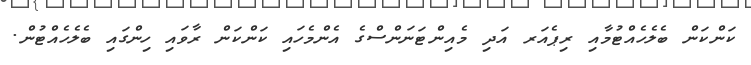
ކަންކަން ބެލެހެއްޓުމާއި ރިޕެއަރ އަދި މެއިންޓަނަންސްގެ އެންމެހައި ކަންކަން ރާވައި ހިންގައި ބެލެހެއްޓުން.